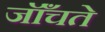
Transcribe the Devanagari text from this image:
जॉँचते